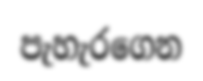
පැහැරගෙන